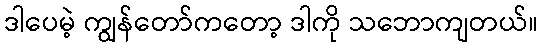
ဒါပေမဲ့ ကျွန်တော်ကတော့ ဒါကို သဘောကျတယ်။